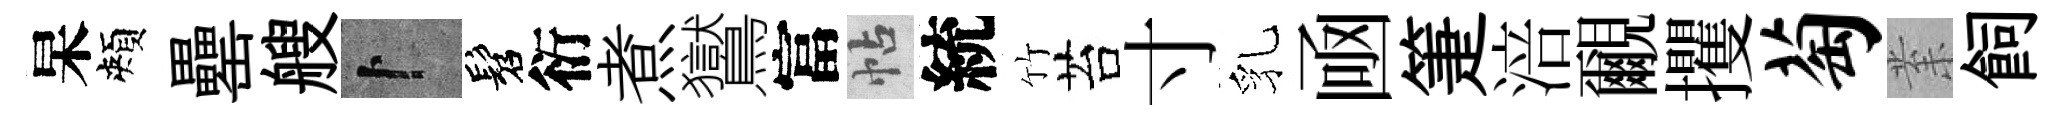
杲頰罍艘卜髫衍煮鸑富帖統竹苔寸乳凾箑涪覼攫萄𭪙飼